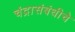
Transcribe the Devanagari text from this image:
चंद्रासंबंधीचे